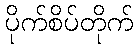
ပိုက်စိပ်တိုက်